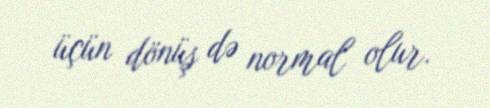
üçün dönüş də normal olur.